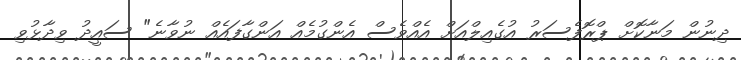
ދިނުން މަނާކޮށް ޕްރޮފެސަރު އުގެއިލްއަށް އެއްވެސް އެންގުމެއް އަންގާފައެއް ނުވާނެ" ސައީދު ވިދާޅުވި